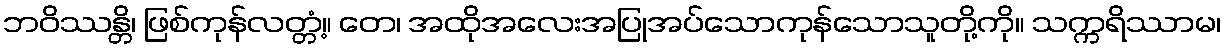
ဘဝိဿန္တိ၊ ဖြစ်ကုန်လတ္တံ့။ တေ၊ အထိုအလေးအပြုအပ်သောကုန်သောသူတို့ကို။ သက္ကရိဿာမ၊